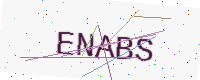
Text: ENABS